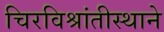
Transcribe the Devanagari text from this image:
चिरविश्रांतीस्थाने